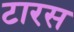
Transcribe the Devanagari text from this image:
टारस